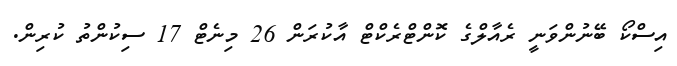
އިސްކޯ ބޭނުންވަނީ ރެއާލްގެ ކޮންޓްރެކްޓް އާކުރަން 26 މިނެޓް 17 ސިކުންތު ކުރިން.